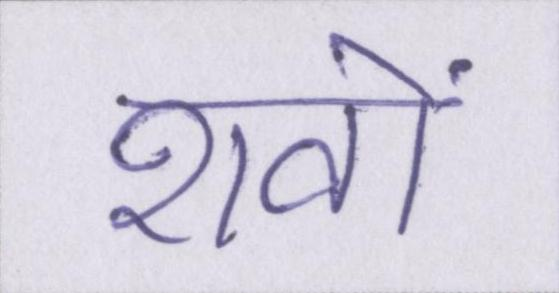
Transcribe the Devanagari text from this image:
शवों